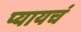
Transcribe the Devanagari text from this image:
प्यायचं